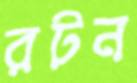
রটন